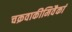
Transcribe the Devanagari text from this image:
चक्रवाकीमिवैकां